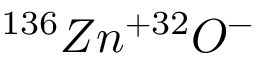
^ { 1 3 6 } Z n ^ { + 3 2 } O ^ { - }